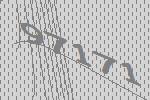
97171